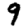
Digit: 9